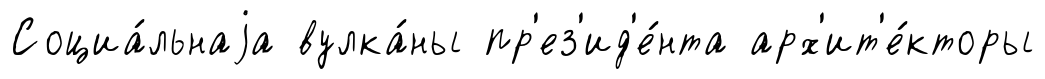
Социа́льнаjа вулка́ны пр'ез'ид'е́нта арх'ит'е́кторы